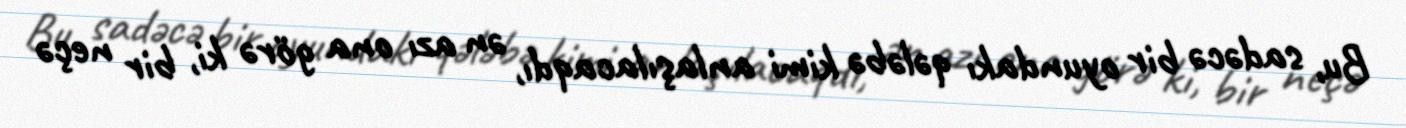
Bu, sadəcə bir oyundakı qələbə kimi anlaşılacaqdı, ən azı ona görə ki, bir neçə